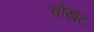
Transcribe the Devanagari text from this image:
चोखट